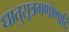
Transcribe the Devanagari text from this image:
धातुसूत्रगणोणादि